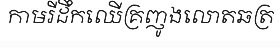
កាមរីដឹកឈើគ្រញូងលោតឆត្រ